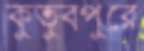
কুতুবপুরে